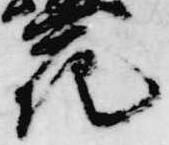
花